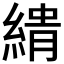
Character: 𮈨